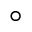
\circ